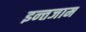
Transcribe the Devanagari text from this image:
इन्‍तजाम